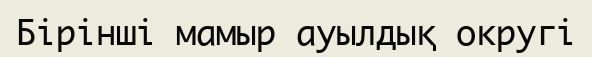
Бірінші мамыр ауылдық округі